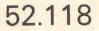
52.118